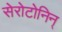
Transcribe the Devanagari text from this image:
सेरोटोनिन्